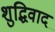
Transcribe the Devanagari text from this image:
शुद्धिवाद